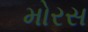
મોરસ